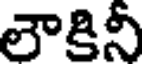
లౌకినీ